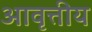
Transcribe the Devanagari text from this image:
आवृत्तीय